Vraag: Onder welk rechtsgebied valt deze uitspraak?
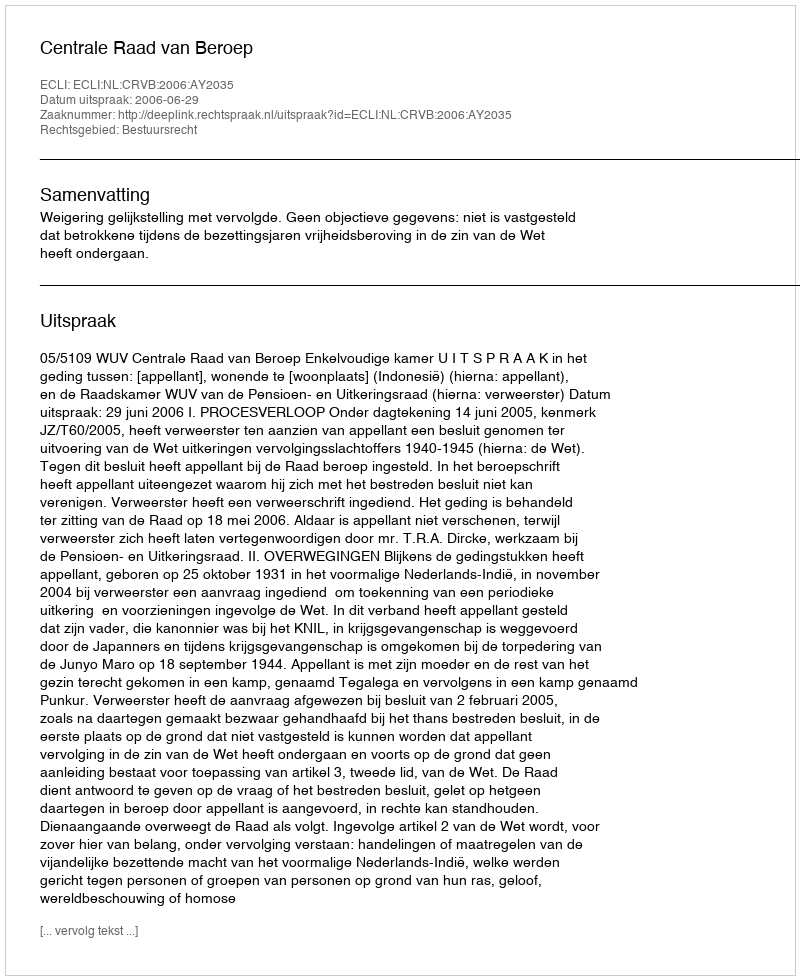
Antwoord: Bestuursrecht